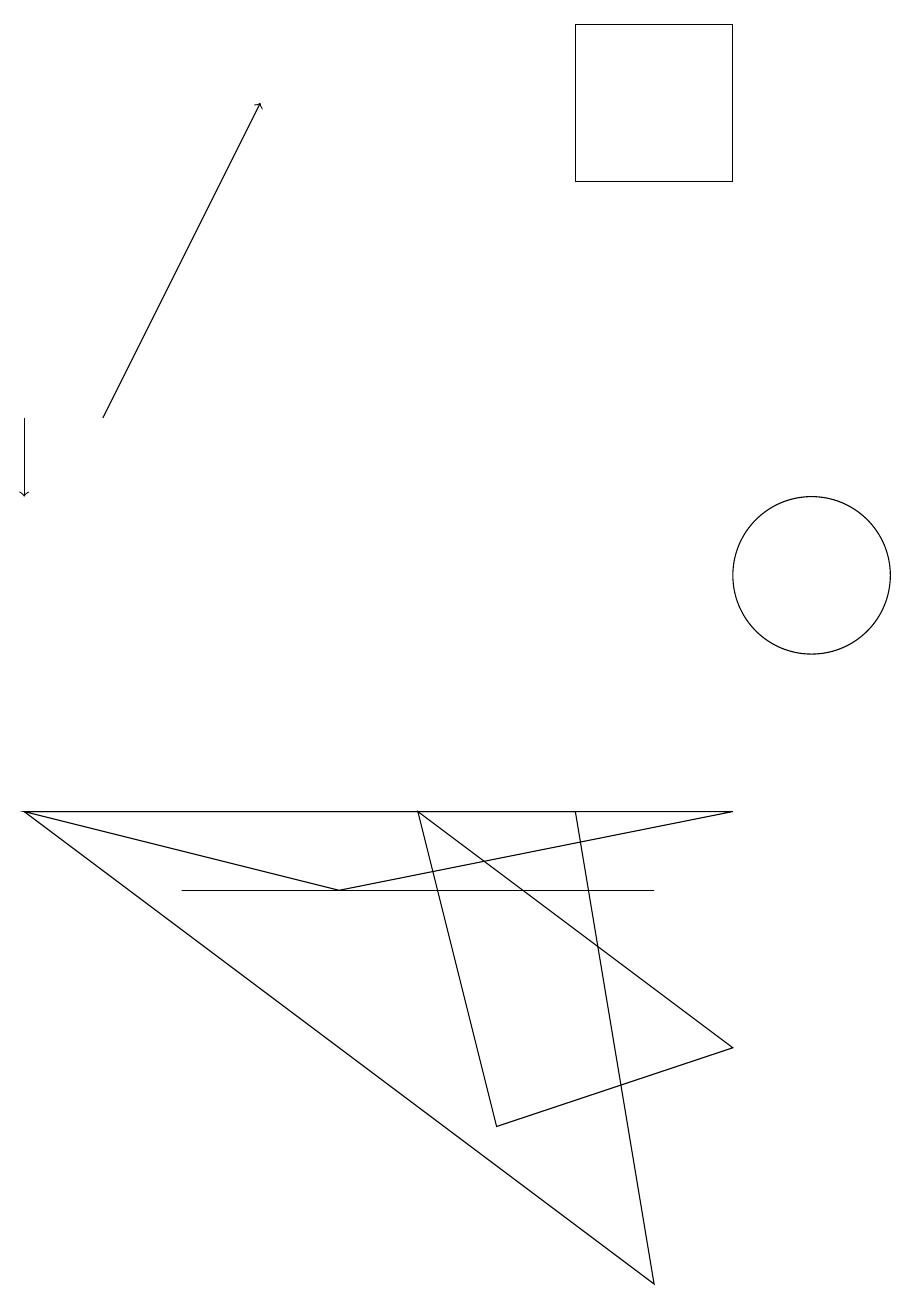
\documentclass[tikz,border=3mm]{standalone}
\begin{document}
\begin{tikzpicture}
\draw (9,9) -- (0,9) -- (4,8) -- cycle;
\draw (7,17) rectangle (9,19);
\draw (9,6) -- (5,9) -- (6,5) -- cycle;
\draw (7,9) -- (0,9) -- (8,3) -- cycle;
\draw[->] (0,14) -- (0,13);
\draw[->] (1,14) -- (3,18);
\draw (2,8) -- (8,8) -- (6,8) -- cycle;
\draw (10,12) circle (1);
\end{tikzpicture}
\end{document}